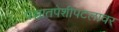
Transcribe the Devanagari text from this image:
पश्चातपेशीपटलावर